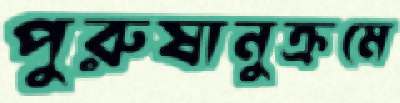
পুরুষানুক্রমে